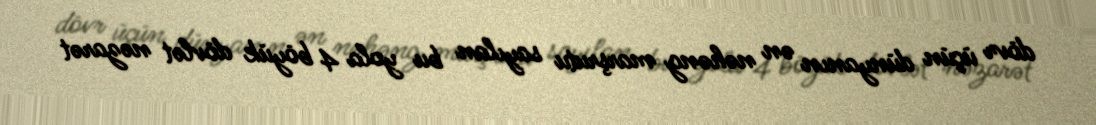
dövr üçün dünyanın ən nəhəng marşrutu sayılan bu yola 4 böyük dövlət nəzarət